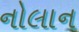
નોલાન